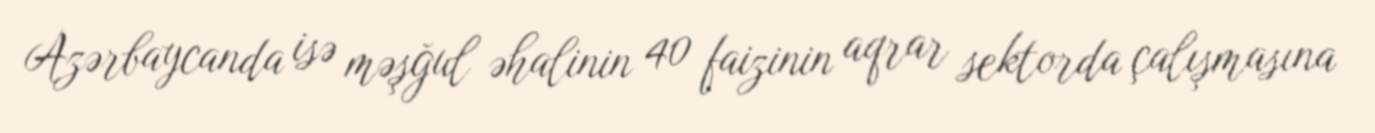
Azərbaycanda isə məşğul əhalinin 40 faizinin aqrar sektorda çalışmasına